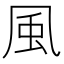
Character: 風